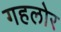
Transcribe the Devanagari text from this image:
गहलोर